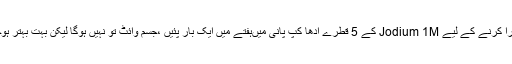
رنگ گورا کرنے کے لیے Jodium 1M کے 5 قطرے آدھا کپ پانی میںہفتے میں ایک بار پئیں ،جسم وائٹ تو نہیں ہوگا لیکن بہت بہتر ہوجائے گا۔